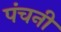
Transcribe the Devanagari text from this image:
पंचनी